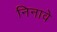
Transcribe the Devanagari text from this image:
निनावे